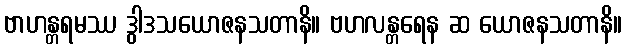
ဗာဟန္တရမဿ ဒွါဒသယောဇနသတာနိ။ ဗဟလန္တရေန ဆ ယောဇနသတာနိ။